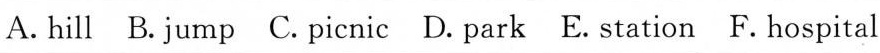
A.hill B.Jump C. Picnic D. Park E. Station F.Hospital